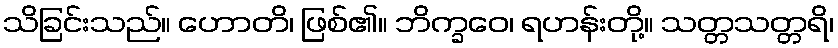
သိခြင်းသည်။ ဟောတိ၊ ဖြစ်၏။ ဘိက္ခဝေ၊ ရဟန်းတို့။ သတ္တသတ္တရိ၊